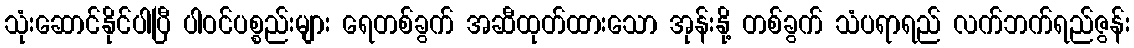
သုံးဆောင်နိုင်ပါပြီ ပါဝင်ပစ္စည်းများ ရေတစ်ခွက် အဆီထုတ်ထားသော အုန်းနို့ တစ်ခွက် သံပရာရည် လက်ဘက်ရည်ဇွန်း